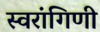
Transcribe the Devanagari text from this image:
स्वरांगिणी